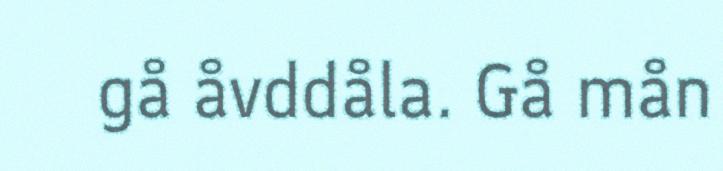
gå åvddåla. Gå mån